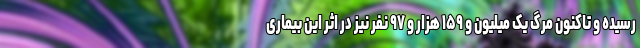
رسیده و تاکنون مرگ یک میلیون و ۱۵۹ هزار و ۹۷ نفر نیز در اثر این بیماری